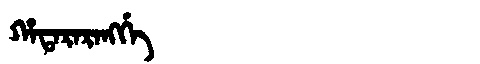
Manchu: ᡥᠠᡨᠠᡵᠠᡵᠠᠩᡤᡝ
Romanization: HATARARANGGE